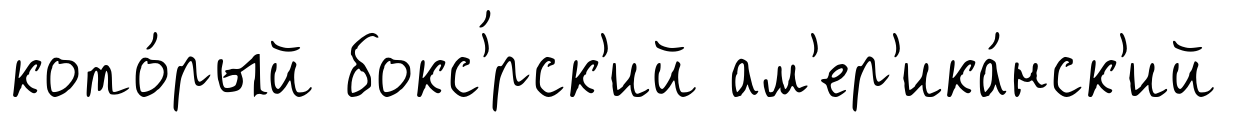
кото́рый бокс'́рск'ий ам'ер'ика́нск'ий